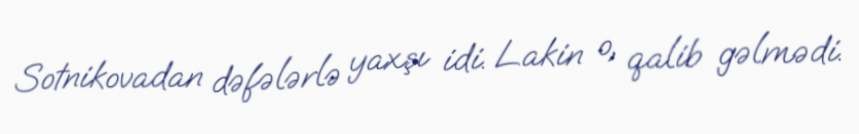
Sotnikovadan dəfələrlə yaxşı idi. Lakin o, qalib gəlmədi.